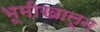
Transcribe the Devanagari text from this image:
भूमीखालून